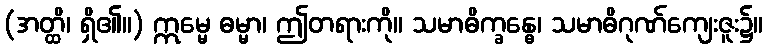
(အတ္ထိ၊ ရှိ၏။) ဣမ္မေ ဓမ္မာ၊ ဤတရားကို။ သမာဓိက္ခန္ဓေ၊ သမာဓိဂုဏ်ကျေးဇူး၌။